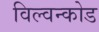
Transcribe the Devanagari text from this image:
विल्वन्कोड